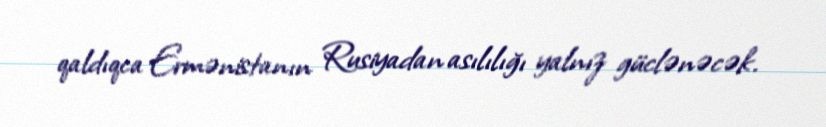
qaldıqca Ermənistanın Rusiyadan asılılığı yalnız güclənəcək.